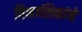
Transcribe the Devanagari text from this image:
विनाशिकांचे